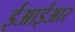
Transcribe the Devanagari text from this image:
ईआईआर